Plague in India, 1896, 1897 - Volume 3
Year: 1896
Disease focus: Plague
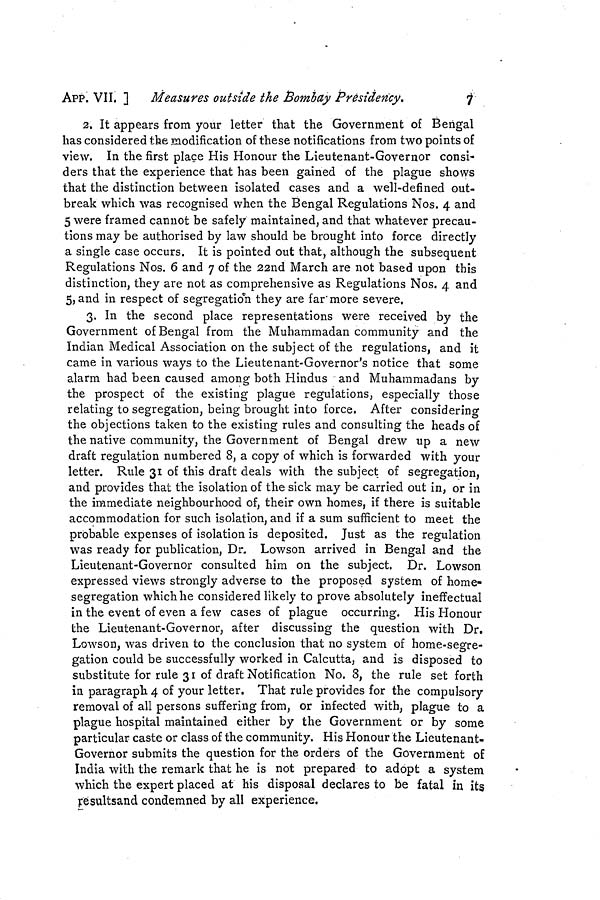
APP. VII, ]
Measures outside the Bombay Presidency.
7
2. It appears from your letter that the Government of Bengal
has considered the modification of these notifications from two points of
view. In the first place His Honour the Lieutenant-Governor consi-
ders that the experience that has been gained of the plague shows
that the distinction between isolated cases and a well-defined out-
break which was recognised when the Bengal Regulations Nos. 4 and
5 were framed cannot be safely maintained, and that whatever precau-
tions may be authorised by law should be brought into force directly
a single case occurs. It is pointed out that, although the subsequent
Regulations Nos. 6 and 7 of the 22nd March are not based upon this
distinction, they are not as comprehensive as Regulations Nos, 4 and
5, and in respect of segregation they are far more severe.
3. In the second place representations were received by the
Government of Bengal from the Muhammadan community and the
Indian Medical Association on the subject of the regulations, and it
came in various ways to the Lieutenant-Governor's notice that some
alarm had been caused among both Hindus and Muhammadans by
the prospect of the existing plague regulations, especially those
relating to segregation, being brought into force. After considering
the objections taken to the existing rules and consulting the heads of
the native community, the Government of Bengal drew up a new
draft regulation numbered 8, a copy of which is forwarded with your
letter. Rule 31 of this draft deals with the subject of segregation,
and provides that the isolation of the sick may be carried out in, or in
the immediate neighbourhood of, their own homes, if there is suitable
accommodation for such isolation, and if a sum sufficient to meet the
probable expenses of isolation is deposited. Just as the regulation
was ready for publication, Dr. Lowson arrived in Bengal and the
Lieutenant-Governor consulted him on the subject. Dr. Lowson
expressed views strongly adverse to the proposed system of home-
segregation which he considered likely to prove absolutely ineffectual
in the event of even a few cases of plague occurring. His Honour
the Lieutenant-Governor, after discussing the question with Dr.
Lowson, was driven to the conclusion that no system of home-segre-
gation could be successfully worked in Calcutta, and is disposed to
substitute for rule 31 of draft Notification No. 8, the rule set forth
in paragraph 4 of your letter. That rule provides for the compulsory
removal of all persons suffering from, or infected with, plague to a
plague hospital maintained either by the Government or by some
particular caste or class of the community. His Honour the Lieutenant-
Governor submits the question for the orders of the Government of
India with the remark that he is not prepared to adopt a system
which the expert placed at his disposal declares to be fatal in its
resultsand condemned by all experience.